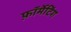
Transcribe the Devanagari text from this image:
फ़ॉर्मेटिंग